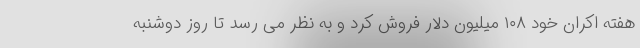
هفته اکران خود ۱۰۸ میلیون دلار فروش کرد و به نظر می رسد تا روز دوشنبه